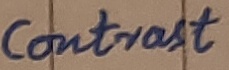
Text: Contrast